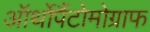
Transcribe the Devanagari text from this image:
ऑर्थोपैंटोमोग्राफ